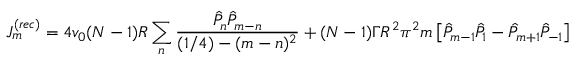
J _ { m } ^ { ( r e c ) } = 4 v _ { 0 } ( N - 1 ) R \sum _ { n } { \frac { \hat { P } _ { n } \hat { P } _ { m - n } } { ( 1 / 4 ) - ( m - n ) ^ { 2 } } } + ( N - 1 ) \Gamma R ^ { 2 } \pi ^ { 2 } m \left[ \hat { P } _ { m - 1 } \hat { P } _ { 1 } - \hat { P } _ { m + 1 } \hat { P } _ { - 1 } \right]